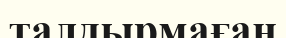
талдырмаған